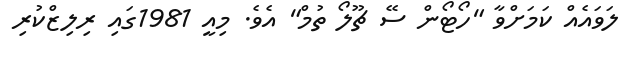
ލަވައެއް ކަމަށްވާ "ހޯޓޯން ސޭ ޗޫލޯ ތުމް" އެވެ. މިއީ 1981ގައި ރިލިޒްކުރި